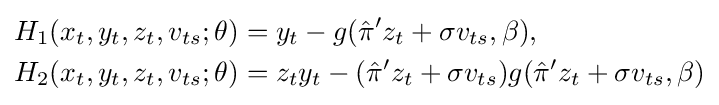
{\begin{aligned}&H_{1}(x_{t},y_{t},z_{t},v_{ts};\theta )=y_{t}-g({\hat {\pi }}'z_{t}+\sigma v_{ts},\beta ),\\&H_{2}(x_{t},y_{t},z_{t},v_{ts};\theta )=z_{t}y_{t}-({\hat {\pi }}'z_{t}+\sigma v_{ts})g({\hat {\pi }}'z_{t}+\sigma v_{ts},\beta )\end{aligned}}